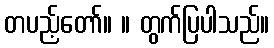
တပည့်တော်။ ။ တွက်ပြပါသည်။